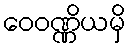
ဝေဝဏ္ဏိယမှိ